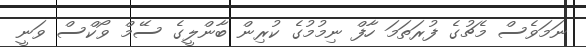
ނަމަވެސް މެޗުގެ ފުރަތަމަ ހާފް ނިމުމުގެ ކުރިން ބާންލީގެ ސޭމް ވޯކްސް ވަނީ